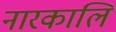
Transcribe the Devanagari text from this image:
नारकालि